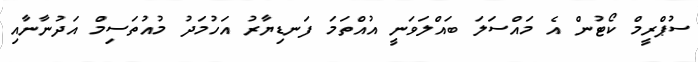
ސުޕްރީމް ކޯޓުން އެ މައްސަލަ ބައްލަވަނީ އުއްތަމަ ފަނޑިޔާރު އަހުމަދު މުއުތަސިމް އަދުނާނާއި